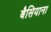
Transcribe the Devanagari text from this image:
बैसियाना